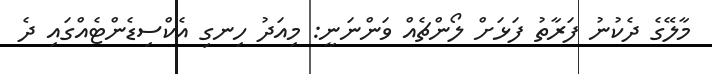
މާލޭގެ ދެކުނު ފަރާތު ފަޅަށް ލޯންޗެއް ވަންނަނީ: މިއަދު ހިނގި އެކްސިޑެންޓެއްގައި ދެ